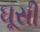
ઘૂસી